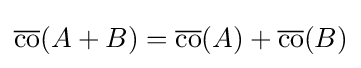
{\overline {\operatorname {co} }}(A+B)={\overline {\operatorname {co} }}(A)+{\overline {\operatorname {co} }}(B)